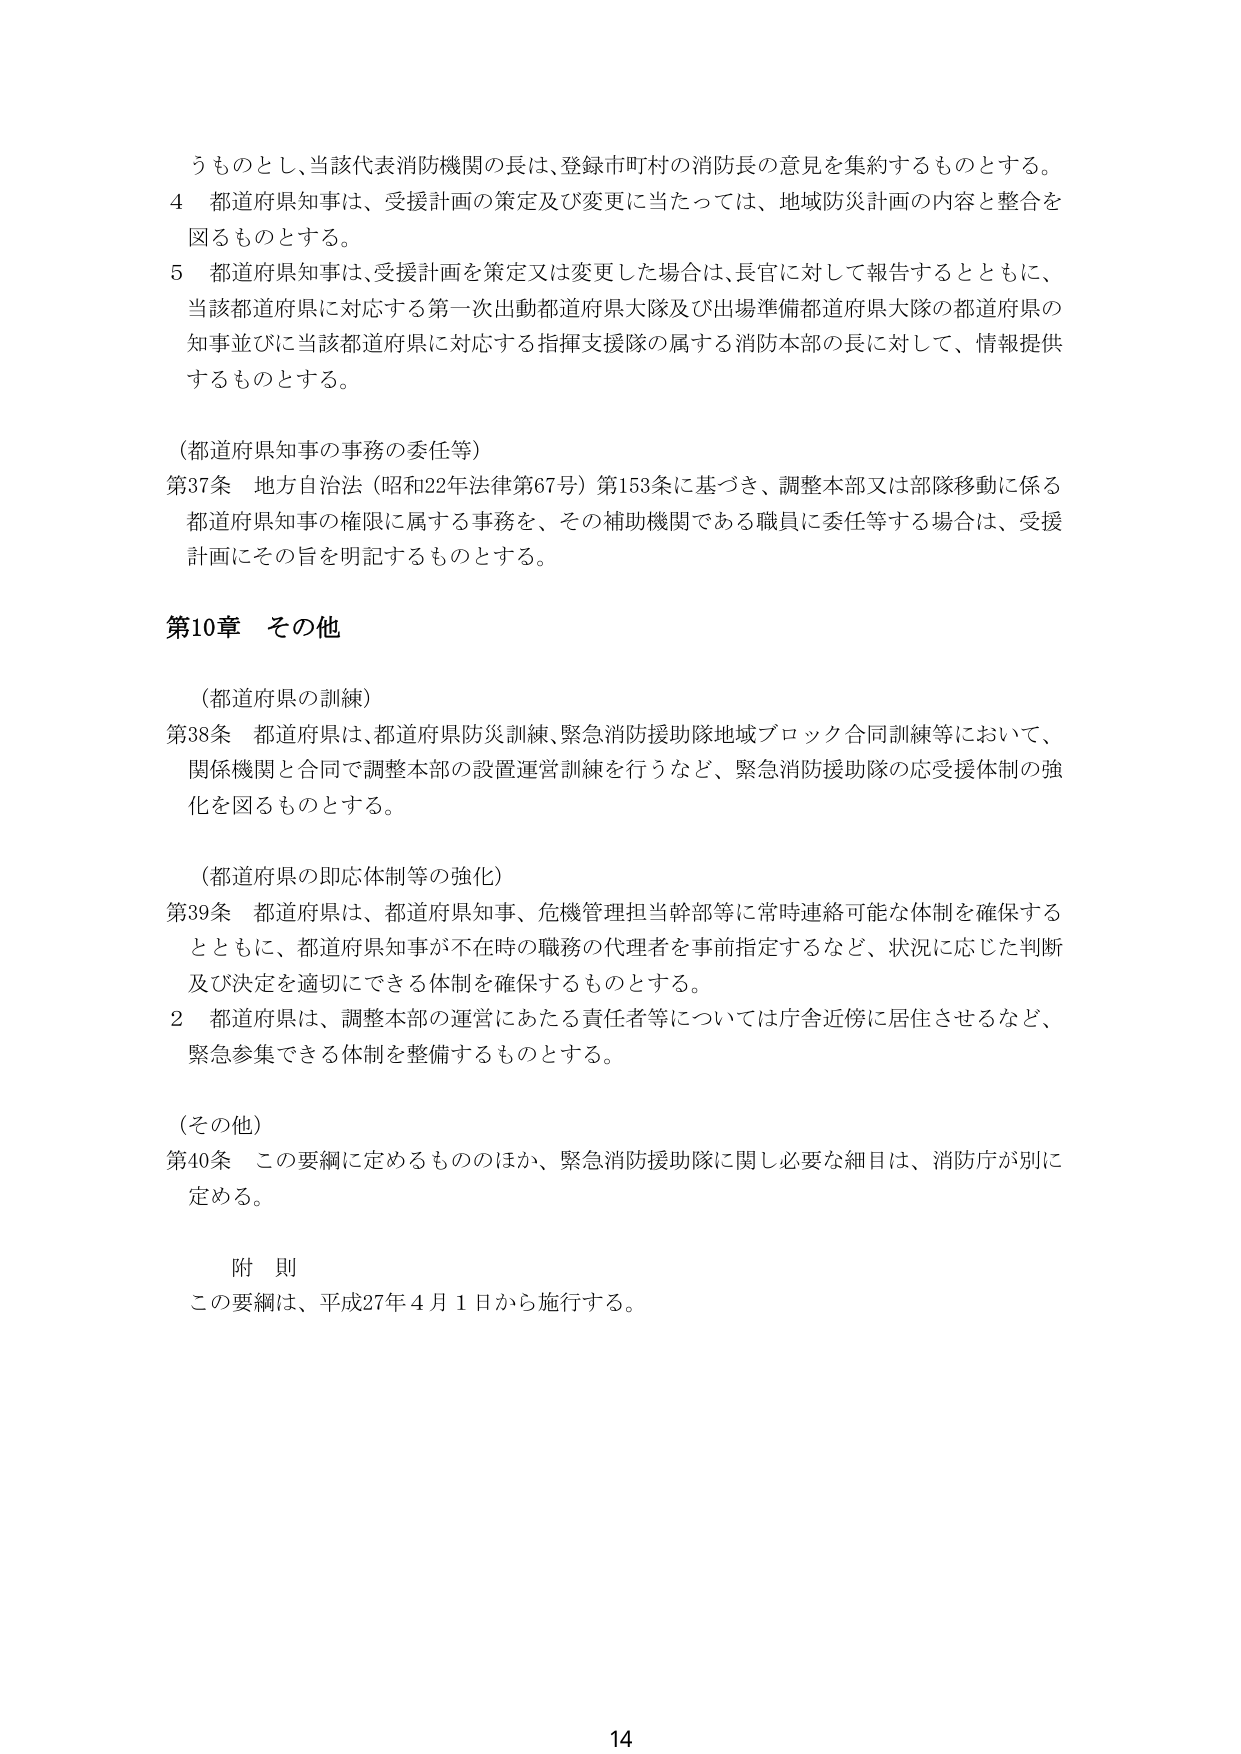
うものとし、当該代表消防機関の長は、登録市町村の消防長の意見を集約するものとする。

4 都道府県知事は、受援計画の策定及び変更に当たっては、地域防災計画の内容と整合を図るものとする。

5 都道府県知事は、受援計画を策定又は変更した場合は、長官に対して報告するとともに、当該都道府県に対応する第一次出動都道府県大隊及び出場準備都道府県大隊の都道府県の知事並びに当該都道府県に対応する指揮支援隊の属する消防本部の長に対して、情報提供するものとする。

（都道府県知事の事務の委任等）

第37条 地方自治法（昭和22年法律第67号）第153条に基づき、調整本部又は部隊移動に係る都道府県知事の権限に属する事務を、その補助機関である職員に委任等する場合は、受援計画にその旨を明記するものとする。

第10章 その他

（都道府県の訓練）

第38条 都道府県は、都道府県防災訓練、緊急消防援助隊地域ブロック合同訓練等において、関係機関と合同で調整本部の設置運営訓練を行うなど、緊急消防援助隊の応受援体制の強化を図るものとする。

（都道府県の即応体制等の強化）

第39条 都道府県は、都道府県知事、危機管理担当幹部等に常時連絡可能な体制を確保するとともに、都道府県知事が不在時の職務の代理者を事前指定するなど、状況に応じた判断及び決定を適切にできる体制を確保するものとする。

2 都道府県は、調整本部の運営にあたる責任者等については庁舎近傍に居住させるなど、緊急参集できる体制を整備するものとする。

（その他）

第40条 この要綱に定めるもののほか、緊急消防援助隊に関し必要な細目は、消防庁が別に定める。

附 則

この要綱は、平成27年4月1日から施行する。

14